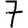
Digit: 7